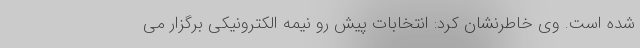
شده است. وی خاطرنشان کرد: انتخابات پیش رو نیمه الکترونیکی برگزار می